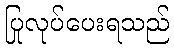
ပြုလုပ်ပေးရသည်